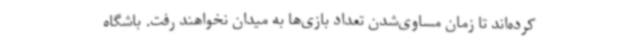
کرده‌اند تا زمان مساوی‌شدن تعداد بازی‌ها به میدان نخواهند رفت. باشگاه